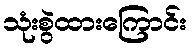
သုံးစွဲထားကြောင်း